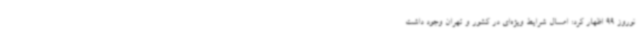
نوروز 99 اظهار کرد: امسال شرایط ویژه‌ای در کشور و تهران وجود داشت